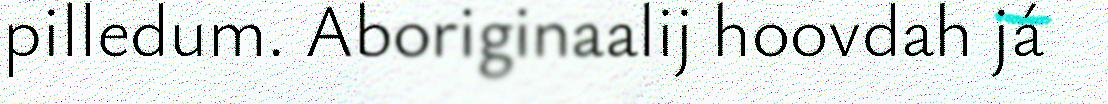
pilledum. Aboriginaalij hoovdah já